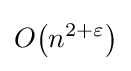
O{\mathord {\left(n^{2+\varepsilon }\right)}}